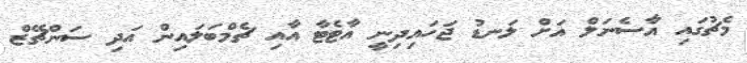
މެޗުގައި އާސެނަލް އަށް ލަނޑު ޖަހައިދިނީ އާޓެޓާ އާއި ޗެމްބަލައިން އަދި ސަންޗޭޒް